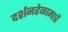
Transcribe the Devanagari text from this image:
दर्शनहेळामात्रें